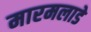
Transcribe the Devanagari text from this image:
मारमलाडे